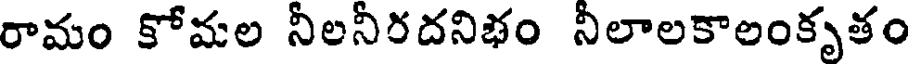
రామం కోమల నీలనీరదనిభం నీలాలకాలంకృతం